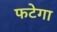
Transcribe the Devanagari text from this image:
फटेगा